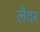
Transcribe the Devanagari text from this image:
लैदर